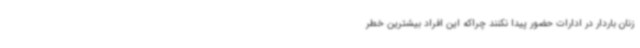
زنان باردار در ادارات حضور پیدا نکنند چراکه این افراد بیشترین خطر